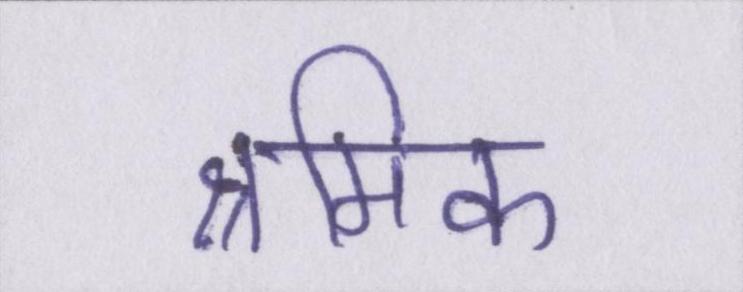
श्रमिक